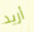
أريد